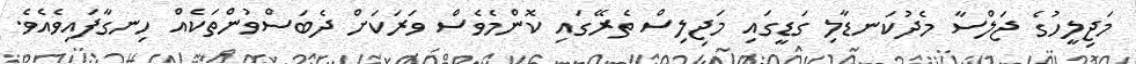
މަޖިލީހުގެ ޖަލްސާ މެދުކަނޑާލި ގަޑީގައި މަޖިލިސް ތެރޭގައި ކޮންމެވެސް ވަރަކަށް ދެބަސްވުންތަކެއް ހިނގާފައިވެއެވެ.